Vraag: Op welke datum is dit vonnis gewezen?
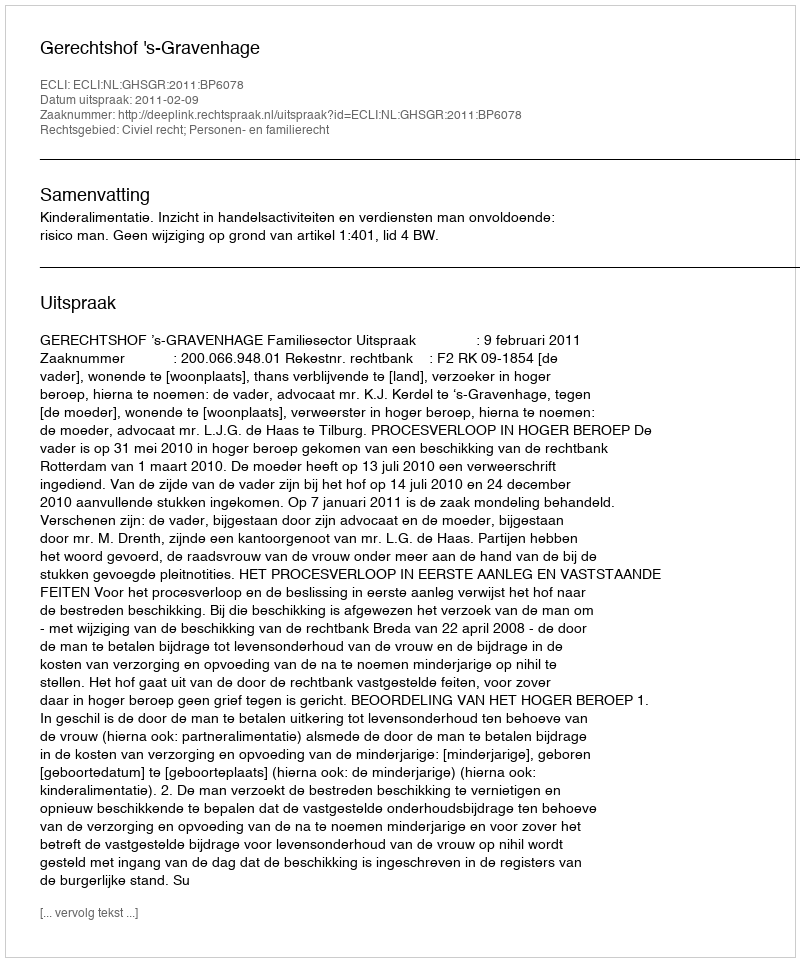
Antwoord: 2011-02-09